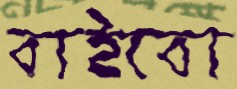
বাইবো